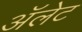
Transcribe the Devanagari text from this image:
ॲलेट